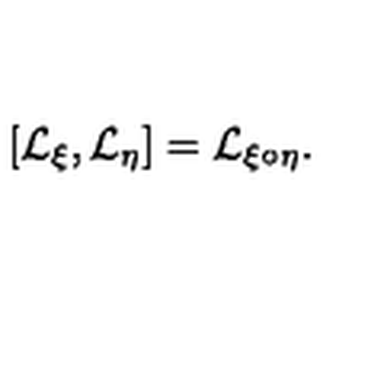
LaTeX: [ { \cal L } _ { \xi } , { \cal L } _ { \eta } ] = { \cal L } _ { \xi \circ \eta } .